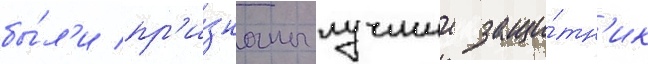
бы́л'и пр'и́знаны лучшии защи́тн'ик